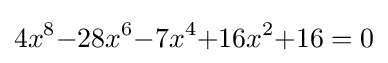
4x^{8}{-}28x^{6}{-}7x^{4}{+}16x^{2}{+}16=0